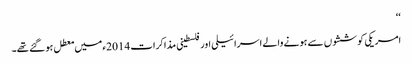
‘‘
امریکی کوششوں سے ہونے والے اسرائیلی اور فلسطینی مذاکرات 2014ء میں معطل ہو گئے تھے۔